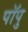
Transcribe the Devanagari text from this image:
पॉपु